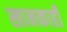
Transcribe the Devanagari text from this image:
खानकाही